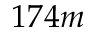
1 7 4 m